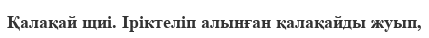
Қалақай щиі. Іріктеліп алынған қалақайды жуып,